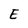
Character: E